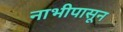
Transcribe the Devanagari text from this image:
नाभीपासून